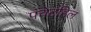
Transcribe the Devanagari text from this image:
पंचेटहिल